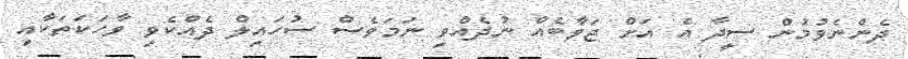
ދެންނެވުމުން ސީދާ އެ އަށް ޖަވާބެއް ނުދެއްވި ނަމަވެސް ސުހައިލް ދެއްކެވި ވާހަކަތަކާއި